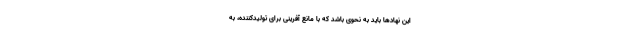
این نهادها باید به نحوی باشد که با مانع آفرینی برای تولیدکننده، به